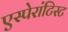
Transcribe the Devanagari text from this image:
एस्पेरांटिस्ट